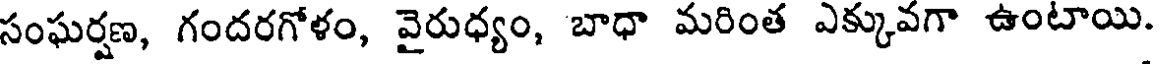
సంఘర్షణ, గందరగోళం, వైరుధ్యం, బాధా మరింత ఎక్కువగా ఉంటాయి.